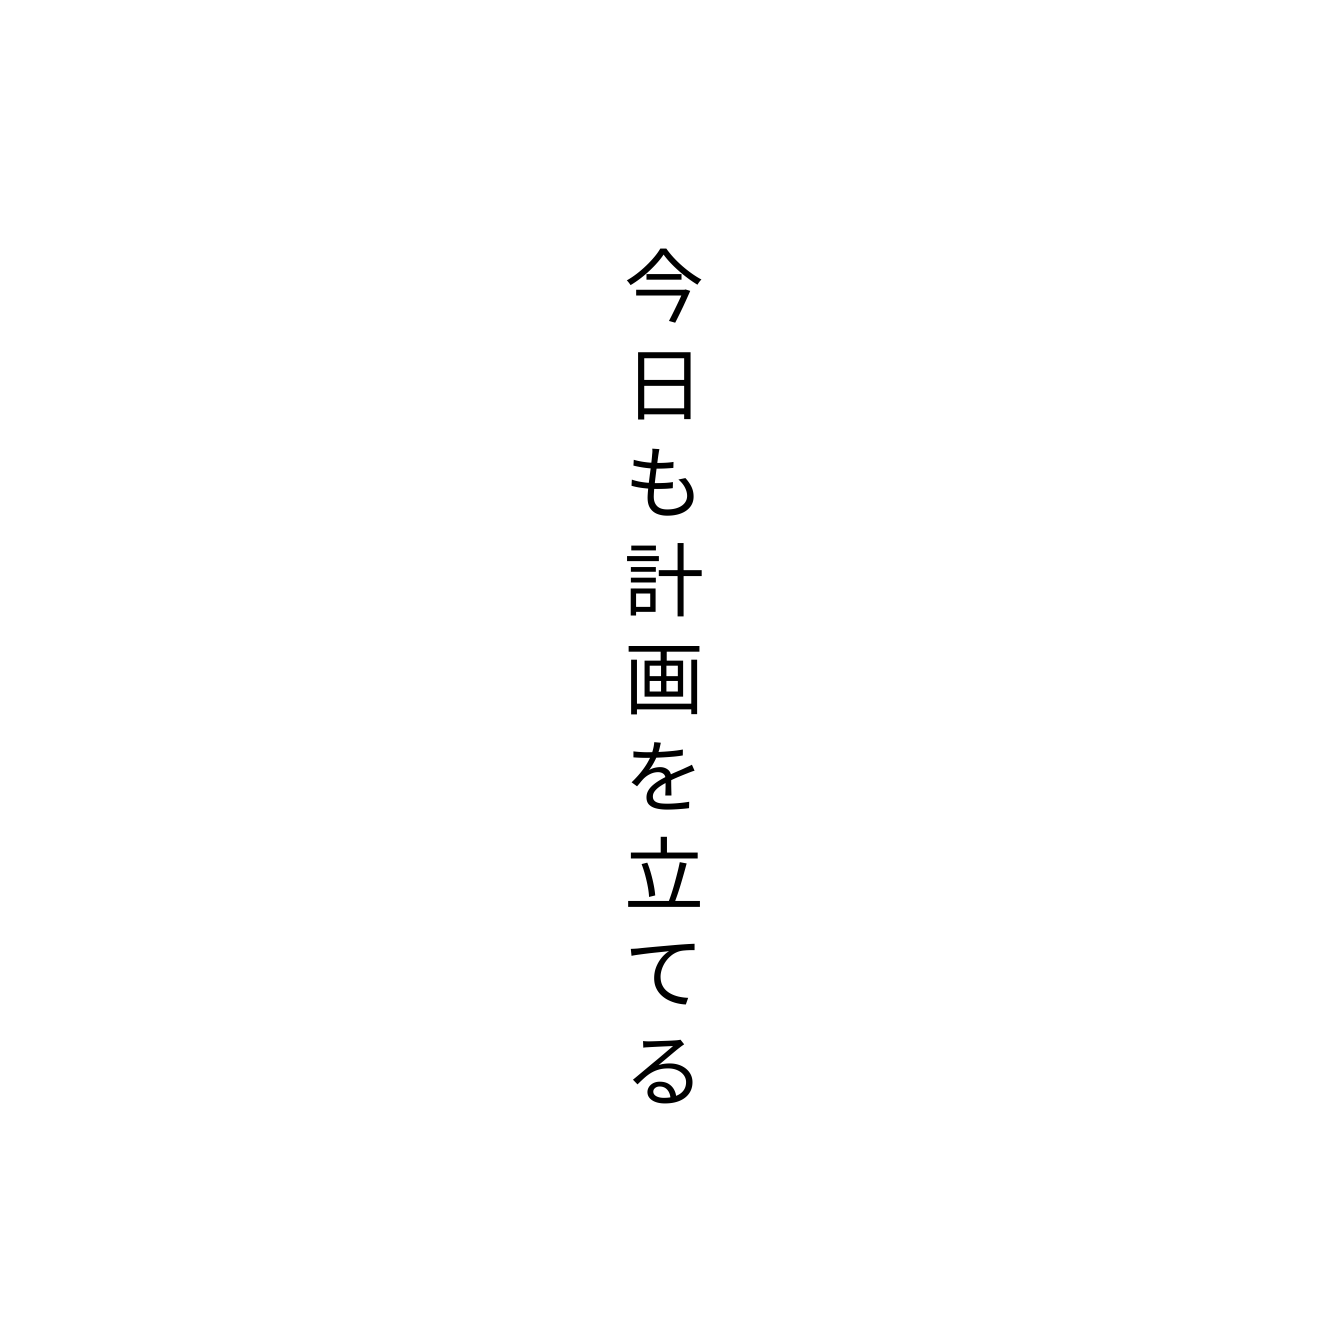
今日も計画を立てる